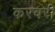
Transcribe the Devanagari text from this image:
करवरी